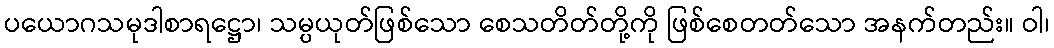
ပယောဂသမုဒါစာရဋ္ဌော၊ သမ္ပယုတ်ဖြစ်သော စေသတိတ်တို့ကို ဖြစ်စေတတ်သော အနက်တည်း။ ဝါ၊